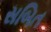
સબિત